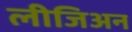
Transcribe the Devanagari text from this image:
लीजिअन